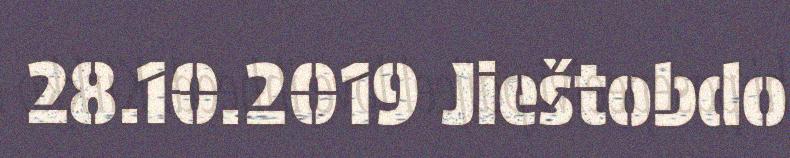
28.10.2019 Jieštobdo